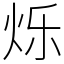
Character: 烁